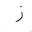
Letter: _zay